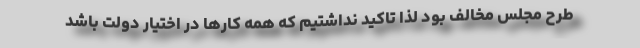
طرح مجلس مخالف بود لذا تاکید نداشتیم که همه کارها در اختیار دولت باشد